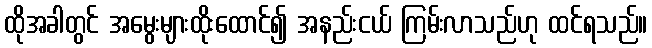
ထိုအခါတွင် အမွေးများထိုးထောင်၍ အနည်းငယ် ကြမ်းလာသည်ဟု ထင်ရသည်။